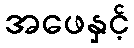
အဖေနှင့်